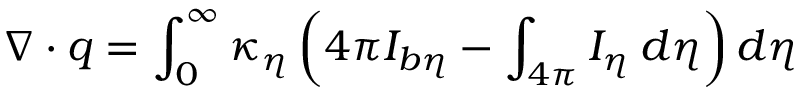
\nabla \cdot q = \int _ { 0 } ^ { \infty } \kappa _ { \eta } \left( 4 \pi I _ { b \eta } - \int _ { 4 \pi } I _ { \eta } \: d \eta \right) d \eta